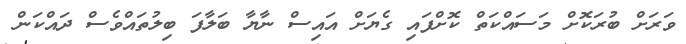
ވަރަށް ބުރަކޮށް މަސައްކަތް ކޮށްފައި ގެޔަށް އައިސް ނާޔާ ބަލާފަ ބިލުތައްވެސް ދައްކަން